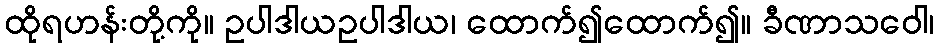
ထိုရဟန်းတို့ကို။ ဥပါဒါယဥပါဒါယ၊ ထောက်၍ထောက်၍။ ခီဏာသဝေါ၊